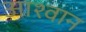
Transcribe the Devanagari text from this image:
आश्वान